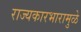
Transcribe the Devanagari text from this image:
राज्यकारभारामुळे